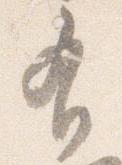
有